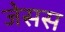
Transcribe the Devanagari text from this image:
जेसस